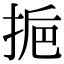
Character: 𢬯